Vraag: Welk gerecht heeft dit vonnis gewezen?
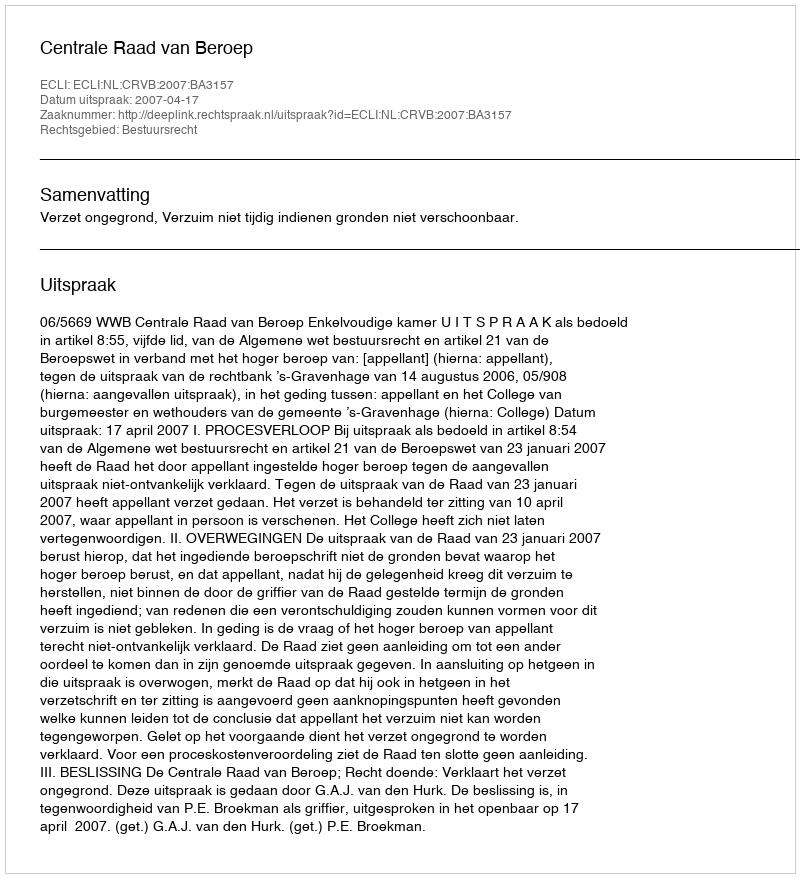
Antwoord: Centrale Raad van Beroep